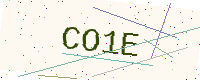
Text: CO1E